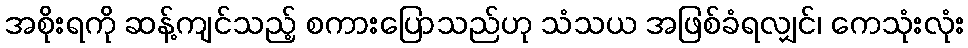
အစိုးရကို ဆန့်ကျင်သည့် စကားပြောသည်ဟု သံသယ အဖြစ်ခံရလျှင်၊ ကေသုံးလုံး